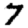
Digit: 7